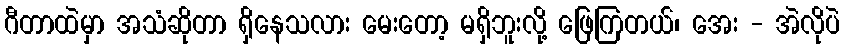
ဂီတာထဲမှာ အသံဆိုတာ ရှိနေသလား မေးတော့ မရှိဘူးလို့ ဖြေကြတယ်၊ အေး - အဲလိုပဲ